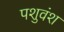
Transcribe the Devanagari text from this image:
पशुवंश